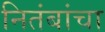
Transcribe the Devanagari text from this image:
नितंबांचा